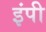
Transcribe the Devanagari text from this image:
इंपी